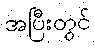
အပြီးတွင်